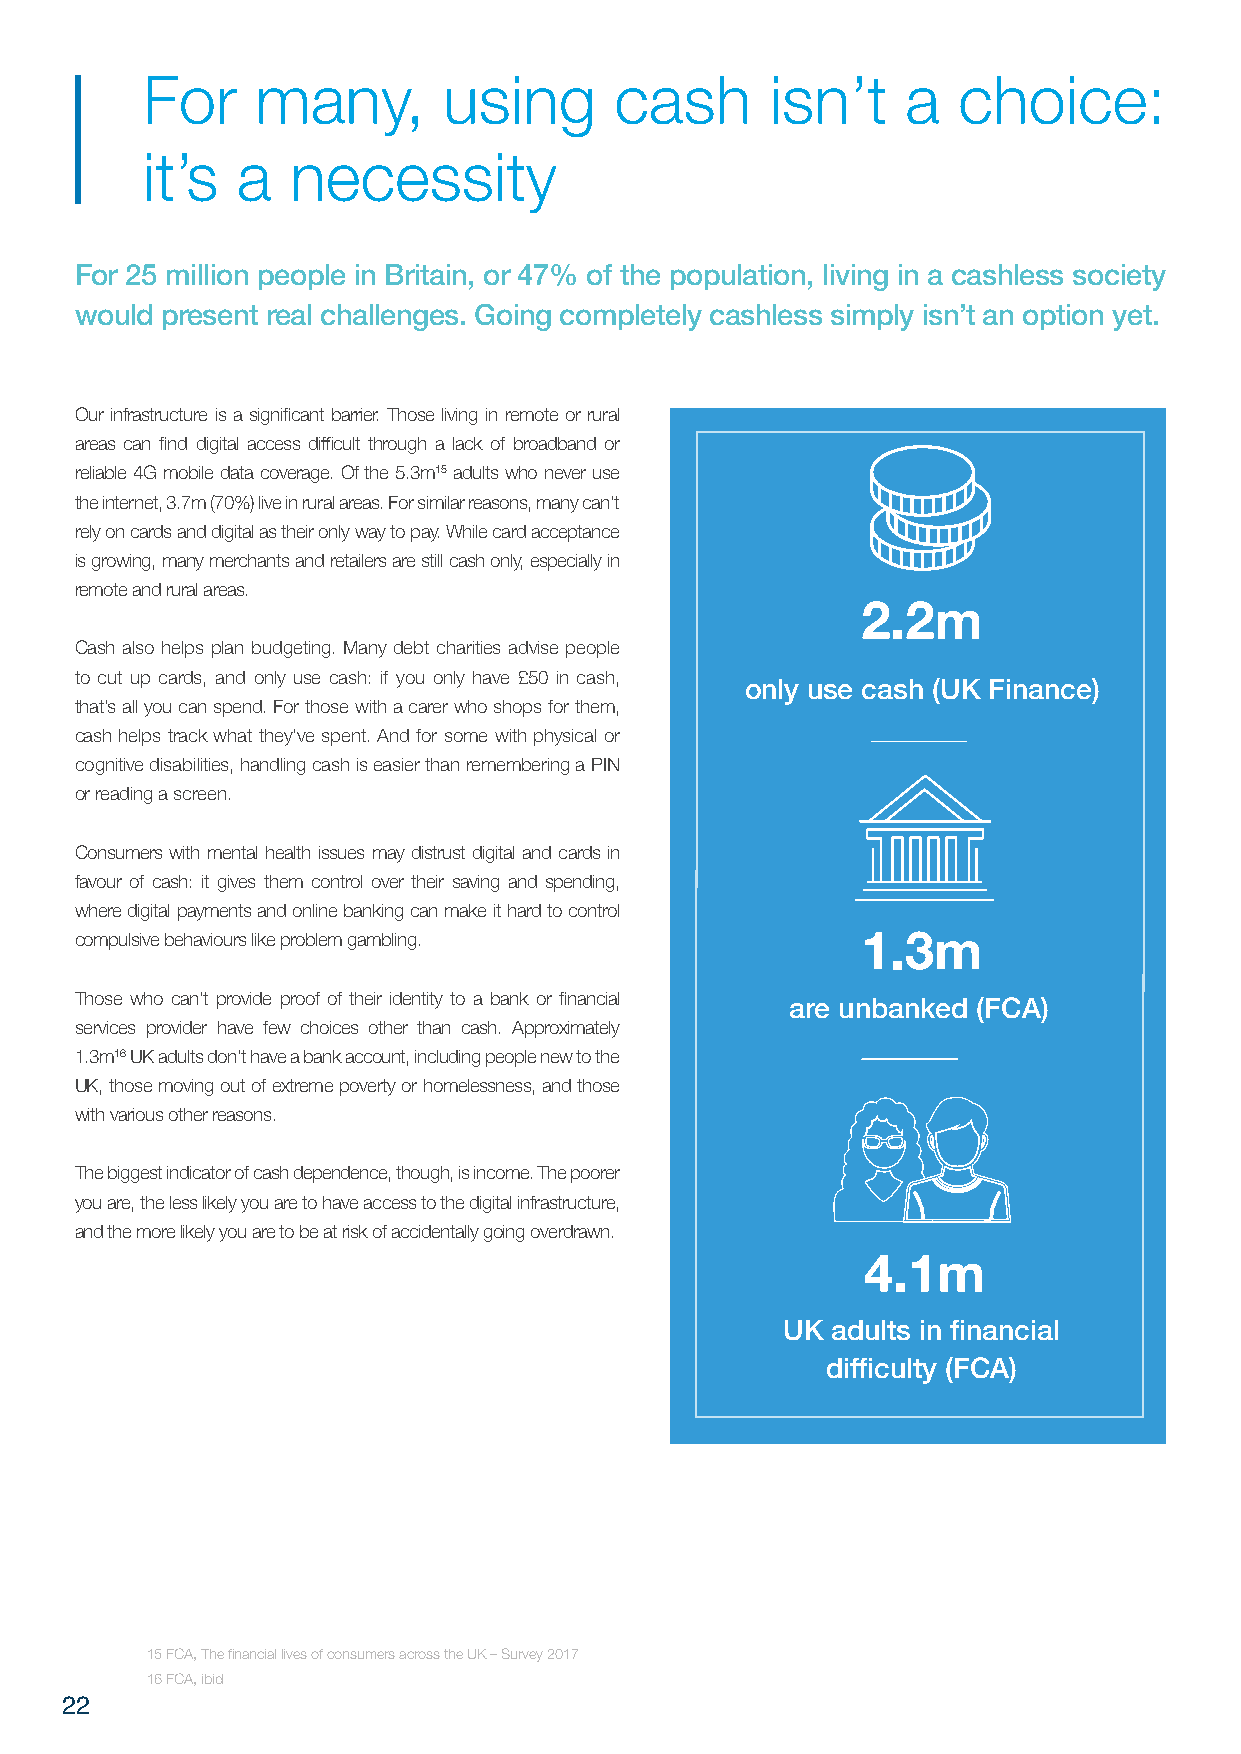
For     many,       using       cash      isn’t    a  choice:
 it’s   a  necessity
 For 25 million people in Britain, or 47% of the population, living in a cashless society
 would present real challenges. Going completely cashless simply isn’t an option yet.
 Our infrastructure is a significant barrier. Those living in remote or rural
 areas can find digital access difficult through a lack of broadband or
 reliable 4G mobile data coverage. Of the 5.3m15 adults who never use
 the internet, 3.7m (70%) live in rural areas. For similar reasons, many can’t
 rely on cards and digital as their only way to pay. While card acceptance
 is growing, many merchants and retailers are still cash only, especially in
 remote and rural areas.
 2.2m
 Cash also helps plan budgeting. Many debt charities advise people
 to cut up cards, and only use cash: if you only have £50 in cash,
 only use cash (UK Finance)
 that’s all you can spend. For those with a carer who shops for them,
 cash helps track what they’ve spent. And for some with physical or
 cognitive disabilities, handling cash is easier than remembering a PIN
 or reading a screen.
 Consumers with mental health issues may distrust digital and cards in
 favour of cash: it gives them control over their saving and spending,
 where digital payments and online banking can make it hard to control
 compulsive behaviours like problem gambling.
 1.3m
 Those who can’t provide proof of their identity to a bank or financial
 are unbanked (FCA)
 services provider have few choices other than cash. Approximately
 1.3m16 UK adults don’t have a bank account, including people new to the
 UK, those moving out of extreme poverty or homelessness, and those
 with various other reasons.
 The biggest indicator of cash dependence, though, is income. The poorer
 you are, the less likely you are to have access to the digital infrastructure,
 and the more likely you are to be at risk of accidentally going overdrawn.
 4.1m
 UK adults in financial
 difficulty (FCA)
 15 FCA, The financial lives of consumers across the UK – Survey 2017
 16 FCA, ibid
 22